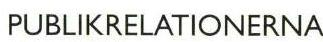
PUBLIKRELATIONERNA